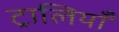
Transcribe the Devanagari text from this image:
ट्रालियाँ